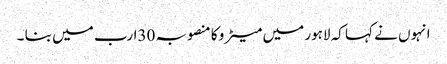
انہوں نے کہا کہ لاہور میں میٹر و کا منصوبہ 30ارب میں بنا ۔